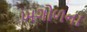
ખગોળના